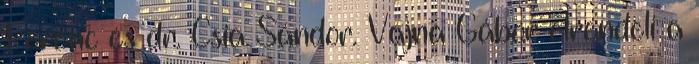
Ferenc és dr. Csia Sándor. Vajna Gábor elrendeli a